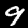
Digit: 9